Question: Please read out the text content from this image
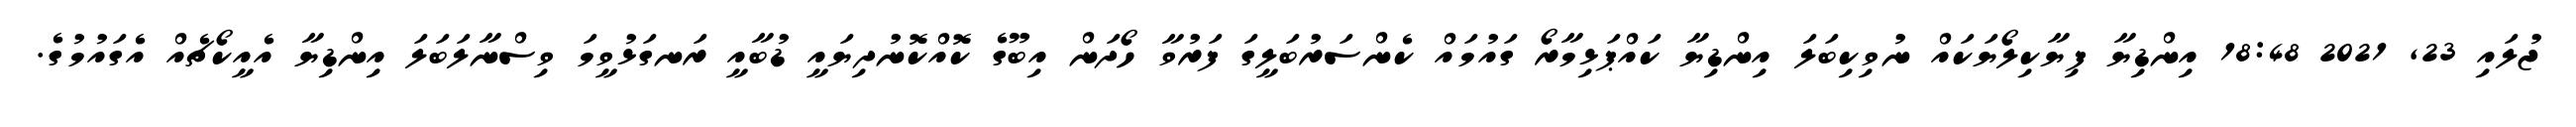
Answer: ޖުލައި 23, 2021 18:48 އިންޑިޔާ ފިޔާކިލޯޔަކައް ނުވިކިބަލަ އިންޑިޔާ ކައްޕަޅިމާރޯ ގައުމައް ކެންސަރުބަލީގަ ފަރުވާ ހޯދަން އިބޫގެ ކޮއްކޮނުދިޔައީ ޑުބާއީ ރަނގަޅުވީމަ ވިސްނާލަބަލަ އިންޑިޔާ އެއީކޯޗެއް އެގައުމުގެ.